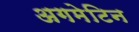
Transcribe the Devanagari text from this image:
अगमेटिन